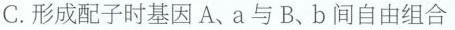
C.形成配子时基因A、a与B、b间自由组合